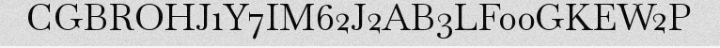
CGBROHJ1Y7IM62J2AB3LF00GKEW2P